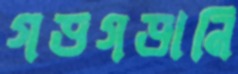
গড়গড়ানি